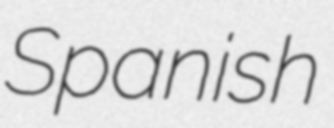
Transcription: Spanish